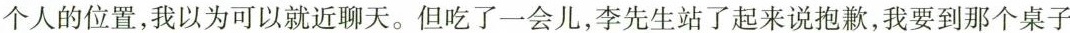
个人的位置，我以为可以就近聊天。但吃了一会儿，李先生站了起来说抱歉，我要到那个桌子